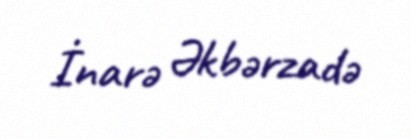
İnarə Əkbərzadə